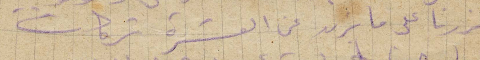
فزرنا على ما يزيد عن العشرة شركات